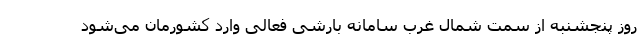
روز پنجشنبه از سمت شمال غرب سامانه بارشی فعالی وارد کشورمان می‌شود